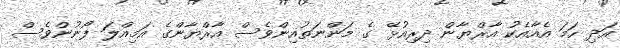
އަދި ހަމަ އެއާއެކު އާރްޔާން ދިރިއުޅޭ ގެ މަންނަތުއިންވެސް އާރްޔާންގެ އަމިއްލަ ފޯނުންވެސް